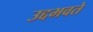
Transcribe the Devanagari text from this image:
उद्दभवते